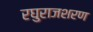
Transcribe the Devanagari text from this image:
रघुराजशरण